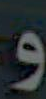
و